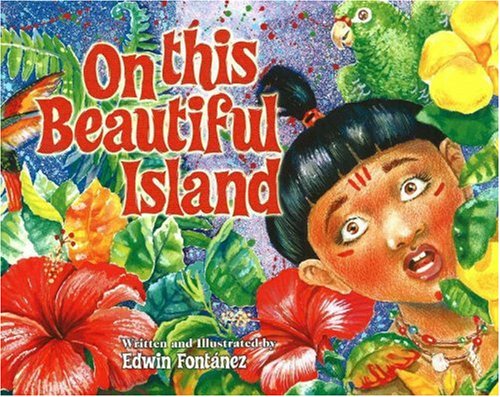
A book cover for On this Beautiful Island; Edwin Fontanez; Travel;